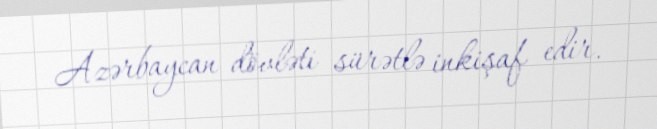
Azərbaycan dövləti sürətlə inkişaf edir.